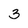
Character: 3